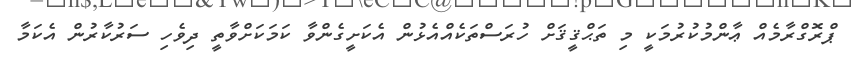
ޕްރޮގްރާމެއް ޢާންމުކުރުމަކީ މި ތަޙްޤީޤަށް ހުރަސްތަކެއްއެޅުން އެކަށީގެންވާ ކަމަކަށްވާތީ ދިވެހި ސަރުކާރުން އެކަމާ